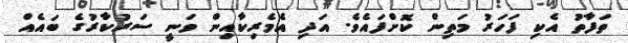
ތަފާތު އެކި ފަހަރު މަތިން ކޮށްފައެވެ. އަދި އެމެރިކާއިން ވަނީ ސަރުކާރުގެ ބައެއް